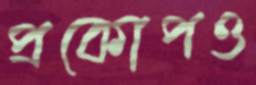
প্রকোপও